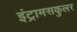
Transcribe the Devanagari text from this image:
इंट्रामसकुलर